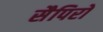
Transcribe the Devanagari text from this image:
सैपिरो